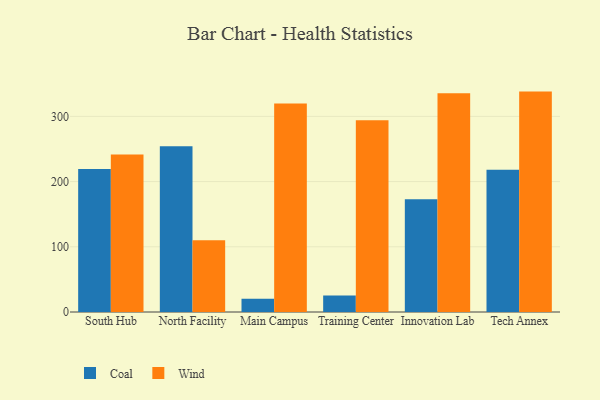
{"axis": {"x": "Campus", "y": "Shipments"}, "legend": ["Coal", "Wind"], "data": [{"x": "South Hub", "y": 219.2, "type": "Coal"}, {"x": "South Hub", "y": 241.4, "type": "Wind"}, {"x": "North Facility", "y": 254.2, "type": "Coal"}, {"x": "North Facility", "y": 110.1, "type": "Wind"}, {"x": "Main Campus", "y": 20.4, "type": "Coal"}, {"x": "Main Campus", "y": 319.6, "type": "Wind"}, {"x": "Training Center", "y": 25.4, "type": "Coal"}, {"x": "Training Center", "y": 294.2, "type": "Wind"}, {"x": "Innovation Lab", "y": 173.1, "type": "Coal"}, {"x": "Innovation Lab", "y": 335.3, "type": "Wind"}, {"x": "Tech Annex", "y": 218.2, "type": "Coal"}, {"x": "Tech Annex", "y": 338.0, "type": "Wind"}]}